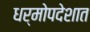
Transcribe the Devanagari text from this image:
धर्मोपदेशात